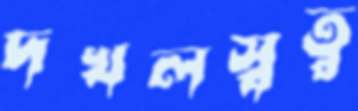
দখলস্বত্ব